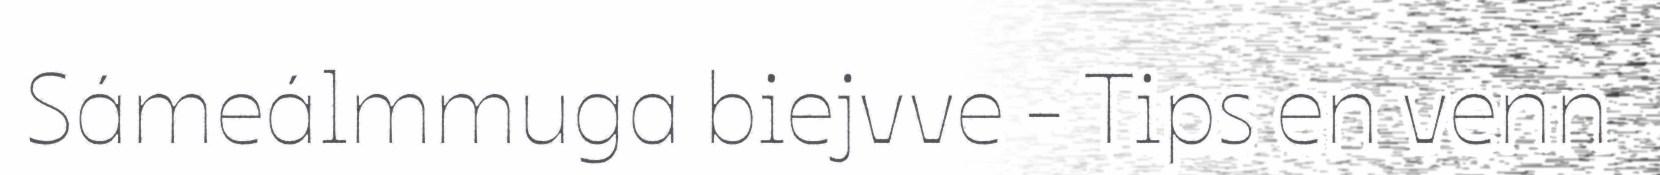
Sámeálmmuga biejvve - Tips en venn